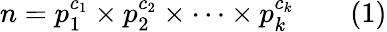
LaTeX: n=p_{1}^{c_{1}}\times p_{2}^{c_{2}}\times\cdots\times p_{k}^{c_{k}}\qquad(1)